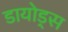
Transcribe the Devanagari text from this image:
डायोड्स